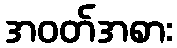
အဝတ်အစား